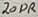
Text: 20DR